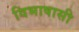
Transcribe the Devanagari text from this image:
विभाषासी